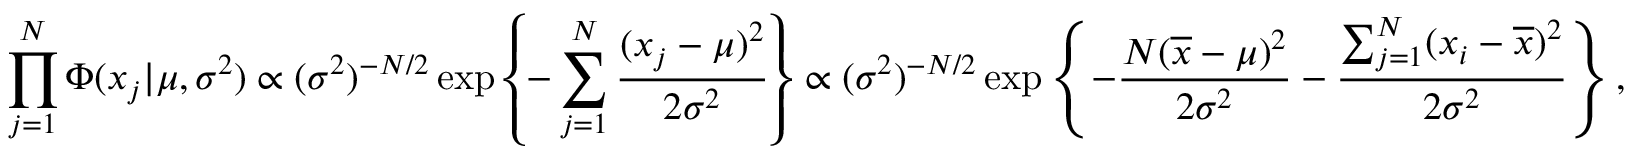
\prod _ { j = 1 } ^ { N } \Phi ( x _ { j } | \mu , \sigma ^ { 2 } ) \propto ( \sigma ^ { 2 } ) ^ { - N / 2 } \exp \left\{ - \sum _ { j = 1 } ^ { N } \frac { ( x _ { j } - \mu ) ^ { 2 } } { 2 \sigma ^ { 2 } } \right\} \propto ( \sigma ^ { 2 } ) ^ { - N / 2 } \exp \left\{ - \frac { N ( \overline { { x } } - \mu ) ^ { 2 } } { 2 \sigma ^ { 2 } } - \frac { \sum _ { j = 1 } ^ { N } ( x _ { i } - \overline { { x } } ) ^ { 2 } } { 2 \sigma ^ { 2 } } \right\} ,